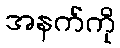
အနက်ကို